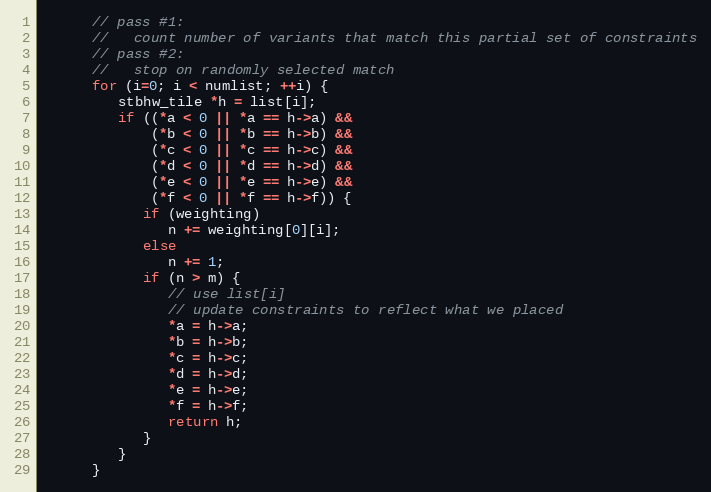
Language: C
      // pass #1:
      //   count number of variants that match this partial set of constraints
      // pass #2:
      //   stop on randomly selected match
      for (i=0; i < numlist; ++i) {
         stbhw_tile *h = list[i];
         if ((*a < 0 || *a == h->a) &&
             (*b < 0 || *b == h->b) &&
             (*c < 0 || *c == h->c) &&
             (*d < 0 || *d == h->d) &&
             (*e < 0 || *e == h->e) &&
             (*f < 0 || *f == h->f)) {
            if (weighting)
               n += weighting[0][i];
            else
               n += 1;
            if (n > m) {
               // use list[i]
               // update constraints to reflect what we placed
               *a = h->a;
               *b = h->b;
               *c = h->c;
               *d = h->d;
               *e = h->e;
               *f = h->f;
               return h;
            }
         }
      }